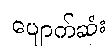
ပျောက်ဆုံး